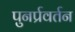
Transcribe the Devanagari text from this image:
पुनर्प्रवर्तन